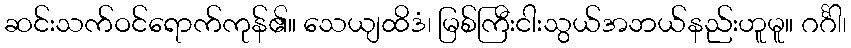
ဆင်းသက်ဝင်ရောက်ကုန်၏။ သေယျထိဒံ၊ မြစ်ကြီးငါးသွယ်အဘယ်နည်းဟူမူ။ ဂင်္ဂါ၊